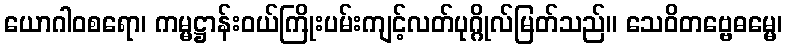
ယောဂါဝစရော၊ ကမ္မဋ္ဌာန်းဝယ်ကြိုးပမ်းကျင့်လတ်ပုဂ္ဂိုလ်မြတ်သည်။ သေဝိတဗ္ဗေဓမ္မေ၊